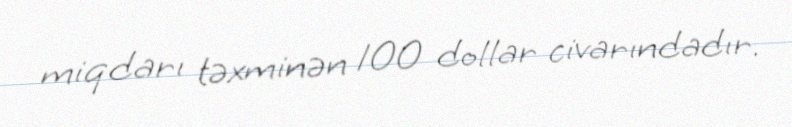
miqdarı təxminən 100 dollar civarındadır.